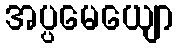
အပ္ပမေယျော